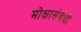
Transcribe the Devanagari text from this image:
मोक्षासंबंधी